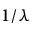
1 / \lambda